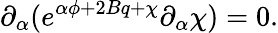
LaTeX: \partial_{\alpha}(e^{\alpha\phi+2Bq+\chi}\partial_{\alpha}\chi)=0.